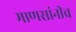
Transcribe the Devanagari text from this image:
माणसांनीच